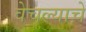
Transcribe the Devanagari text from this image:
वेचल्याचे